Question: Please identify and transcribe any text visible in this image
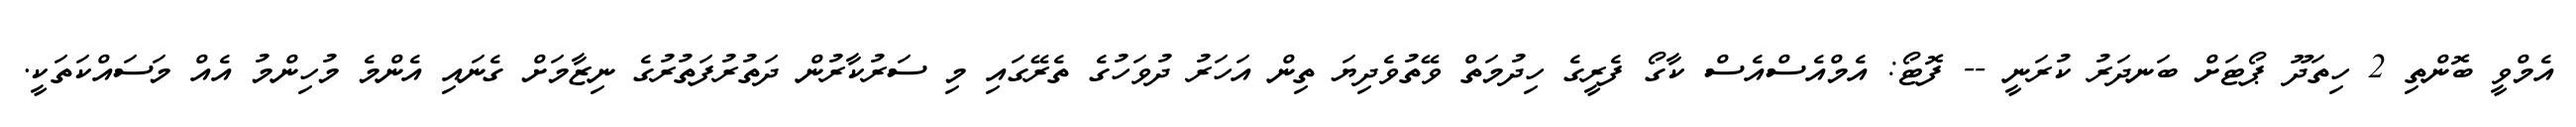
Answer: އެމްވީ ބޮންތި 2 ހިތަދޫ ޕޯޓަށް ބަނދަރު ކުރަނީ -- ފޮޓޯ: އެމްއެސްއެސް ކާގޯ ފެރީގެ ހިދުމަތް ވޭތުވެދިޔަ ތިން އަހަރު ދުވަހުގެ ތެރޭގައި މި ސަރުކާރުން ދަތުރުފަތުރުގެ ނިޒާމަށް ގެނައި އެންމެ މުހިންމު އެއް މަސައްކަތަކީ.